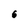
Character: 6